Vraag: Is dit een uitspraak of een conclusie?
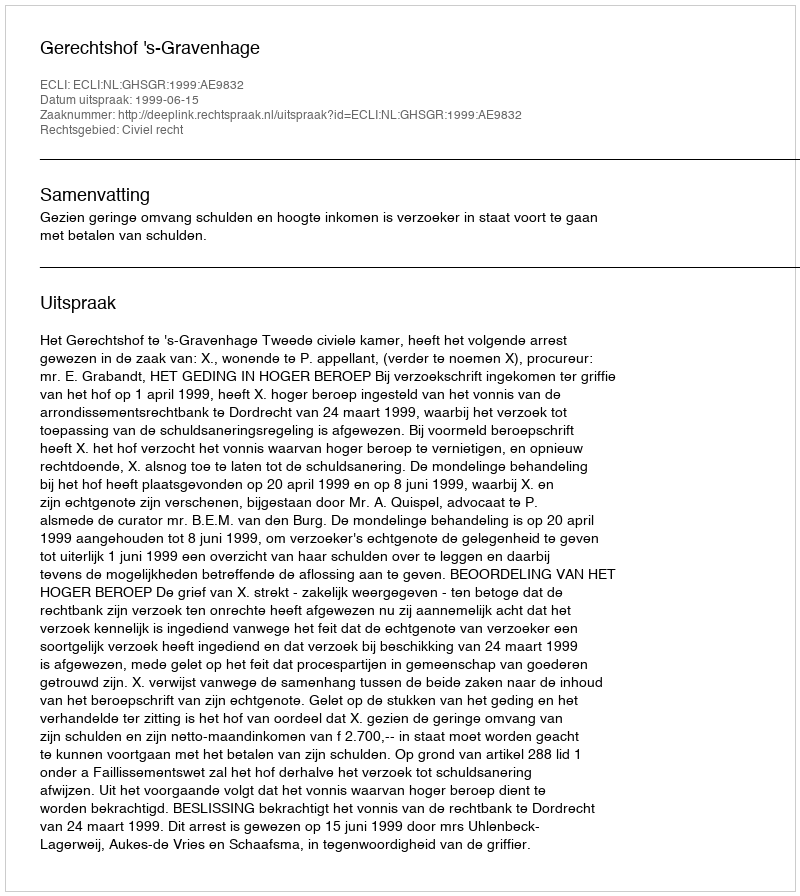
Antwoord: Uitspraak